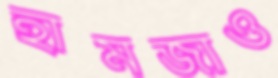
হামজাও